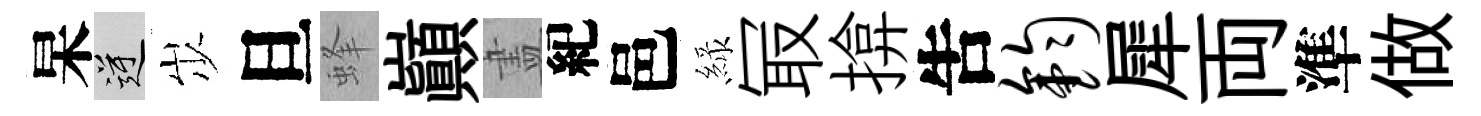
杲逆𡵯旦蜂巔𥁞紀邑緑冣揜吿钧犀両準做